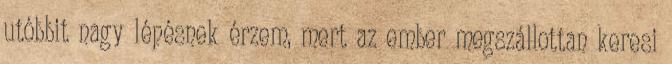
utóbbit nagy lépésnek érzem, mert az ember megszállottan keresi